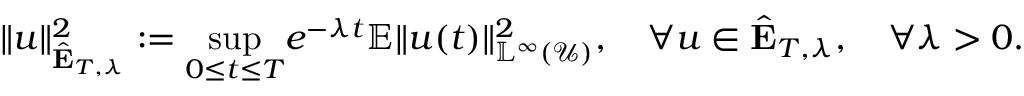
\Vert u \Vert _ { \hat { \mathbf { E } } _ { T , \lambda } } ^ { 2 } : = \underset { 0 \leq t \leq T } { \operatorname* { s u p } } e ^ { - \lambda t } { \mathbb { E } \Vert u ( t ) \Vert _ { \mathbb { L } ^ { \infty } ( \mathcal { U } ) } ^ { 2 } } , \quad \forall u \in \hat { \mathbf { E } } _ { T , \lambda } , \quad \forall \lambda > 0 .